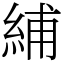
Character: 䋠